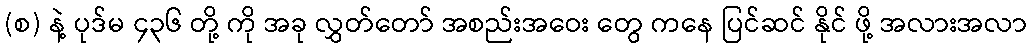
(စ) နဲ့ ပုဒ်မ ၄၃၆ တို့ ကို အခု လွှတ်တော် အစည်းအဝေး တွေ ကနေ ပြင်ဆင် နိုင် ဖို့ အလားအလာ